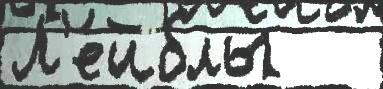
Л'е́йблы